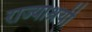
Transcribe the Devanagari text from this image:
राज्याश्रयी